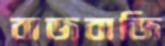
বাজবাজি